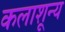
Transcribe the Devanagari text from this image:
कलाशून्य